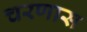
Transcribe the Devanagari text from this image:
चरणास